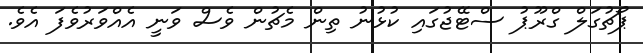
ޕޯޗުގަލް ގްރޫޕު ސްޓޭޖުގައި ކުޅުނު ތިން މެޗުން ވެސް ވަނީ އެއްވަރުވެފަ އެވެ.